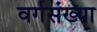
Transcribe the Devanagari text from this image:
वर्गसंख्या